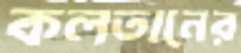
কলতানের